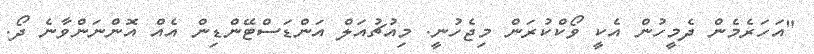
"އަހަރެމެން ދެމީހުން އެކީ ވޯކްކުރަން މިޖެހުނީ. މިއުޗުއަލް އަންޑަސްޓޭންޑިން އެއް އޮންނަންވާނެ ދޯ.